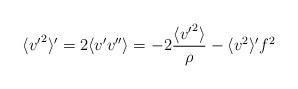
LaTeX: \begin{align*}\langle {v'}^2 \rangle ' = 2\langle v' v'' \rangle = -2\frac{\langle {v'}^2 \rangle}{\rho} - \langle v^2 \rangle ' f^2 \end{align*}